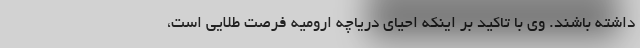
داشته باشند. وی با تاکید بر اینکه احیای دریاچه ارومیه فرصت طلایی است،